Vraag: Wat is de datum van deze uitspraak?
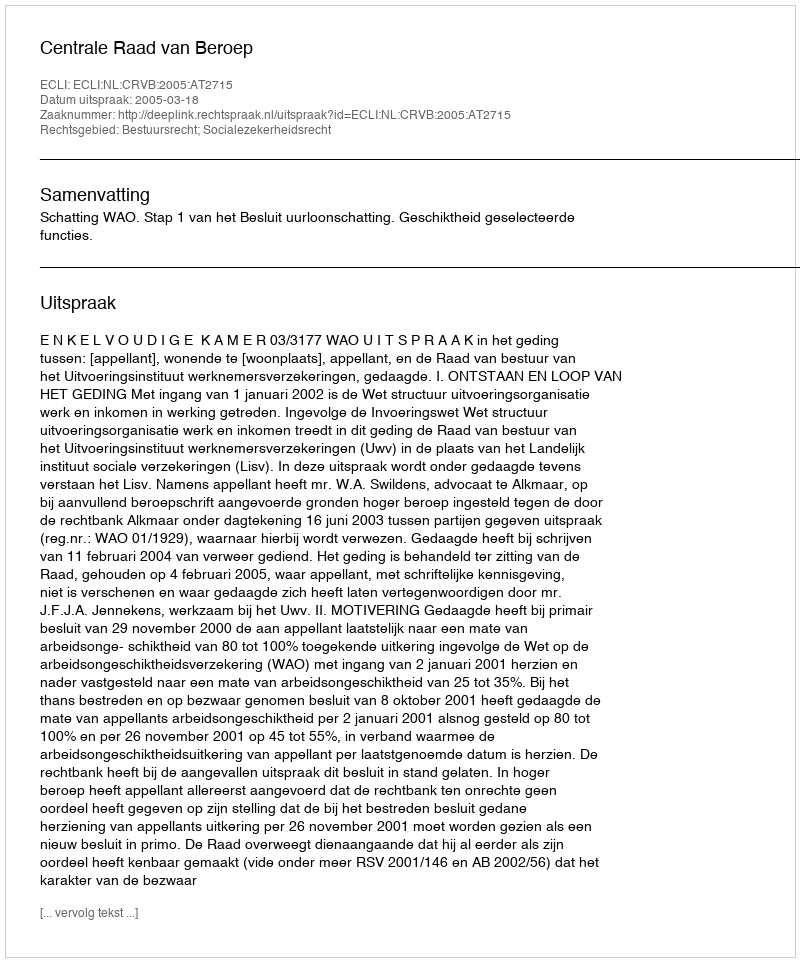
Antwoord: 2005-03-18